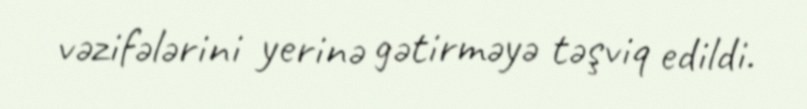
vəzifələrini yerinə gətirməyə təşviq edildi.